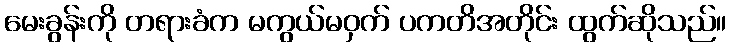
မေးခွန်းကို တရားခံက မကွယ်မဝှက် ပကတိအတိုင်း ထွက်ဆိုသည်။